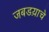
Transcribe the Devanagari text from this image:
जबडय़ाचे